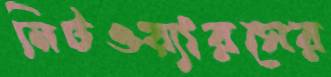
নিটওয়্যারসের